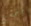
أخشى